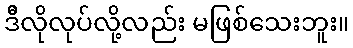
ဒီိလိုလုပ်လို့လည်း မဖြစ်သေးဘူး။